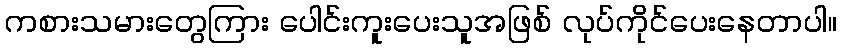
ကစားသမားတွေကြား ပေါင်းကူးပေးသူအဖြစ် လုပ်ကိုင်ပေးနေတာပါ။